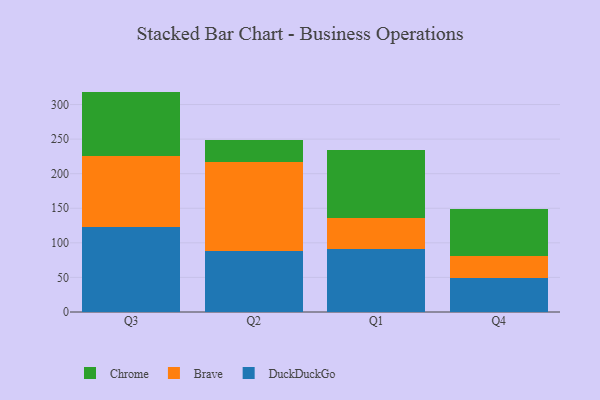
{"axis": {"x": "Quarter", "y": "Customer Acquisition Cost (USD)"}, "legend": ["Brave", "Chrome", "DuckDuckGo"], "data": [{"x": "Q3", "y": 123.2, "type": "DuckDuckGo"}, {"x": "Q3", "y": 101.7, "type": "Brave"}, {"x": "Q3", "y": 93.8, "type": "Chrome"}, {"x": "Q2", "y": 88.8, "type": "DuckDuckGo"}, {"x": "Q2", "y": 127.8, "type": "Brave"}, {"x": "Q2", "y": 31.5, "type": "Chrome"}, {"x": "Q1", "y": 91.7, "type": "DuckDuckGo"}, {"x": "Q1", "y": 44.1, "type": "Brave"}, {"x": "Q1", "y": 98.0, "type": "Chrome"}, {"x": "Q4", "y": 49.5, "type": "DuckDuckGo"}, {"x": "Q4", "y": 32.2, "type": "Brave"}, {"x": "Q4", "y": 67.6, "type": "Chrome"}]}